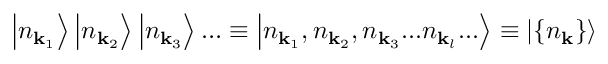
\left| n _ { \mathbf { k } _ { 1 } } \right\rangle \left| n _ { \mathbf { k } _ { 2 } } \right\rangle \left| n _ { \mathbf { k } _ { 3 } } \right\rangle \ldots \equiv \left| n _ { \mathbf { k } _ { 1 } } , n _ { \mathbf { k } _ { 2 } } , n _ { \mathbf { k } _ { 3 } } . . . n _ { \mathbf { k } _ { l } } . . . \right\rangle \equiv \left| \{ n _ { \mathbf { k } } \} \right\rangle